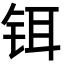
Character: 铒